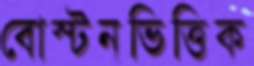
বোস্টনভিত্তিক